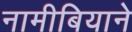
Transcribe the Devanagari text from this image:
नामीबियाने